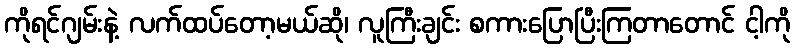
ကိုရင်ဂျမ်းနဲ့ လက်ထပ်တော့မယ်ဆို၊ လူကြီးချင်း စကားပြောပြီးကြတာတောင် ငါ့ကို